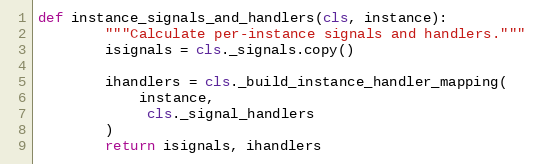
Language: Python
def instance_signals_and_handlers(cls, instance):
        """Calculate per-instance signals and handlers."""
        isignals = cls._signals.copy()

        ihandlers = cls._build_instance_handler_mapping(
            instance,
             cls._signal_handlers
        )
        return isignals, ihandlers